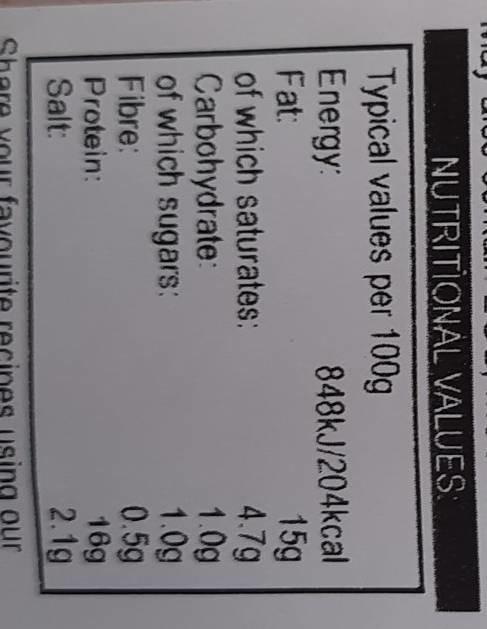
NUTRITIONAL VALUES:
Typical values per 100g Energy:
Fat:
of which saturates: Carbohydrate: of which sugars:
Fibre:
Protein: Salt:
848kJ/204kcal 15g
4.7g
1.0g
1.0g
0.5g
16g
2.1g
recipes using our